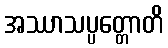
အဿာသပ္ပတ္တောတိ